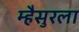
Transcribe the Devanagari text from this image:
म्हैसुरला